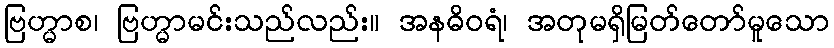
ဗြဟ္မာစ၊ ဗြဟ္မာမင်းသည်လည်း။ အနဓိဝရံ၊ အတုမရှိမြတ်တော်မူသော